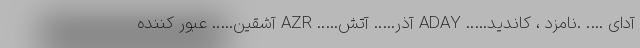
آدای …. .نامزد ، کاندید….. ADAY آذر….. آتش….. AZR آشقین….. عبور کننده